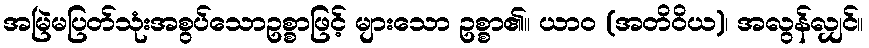
အမြဲမပြတ်သုံးအစွပ်သောဥစ္စာဖြင့် များသော ဥစ္စာ၏။ ယာဝ (အတိဝိယ)၊ အလွန်လျှင်။